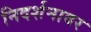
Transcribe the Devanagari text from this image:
निदर्शनावर